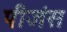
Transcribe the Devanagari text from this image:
पीजंस